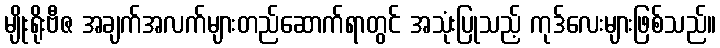
မျိုးရိုးဗီဇ အချက်အလက်များတည်ဆောက်ရာတွင် အသုံးပြုသည့် ကုဒ်လေးများဖြစ်သည်။